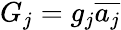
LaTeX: G_{j}=g_{j}\overline{{a_{j}}}